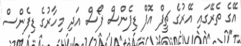
އޭގެ ތެރޭގައި އޭރުގެ ޗީފް އޮފް ޑިފެންސް ފޯސް އަދި މިހާރުގެ ޑިފެންސް